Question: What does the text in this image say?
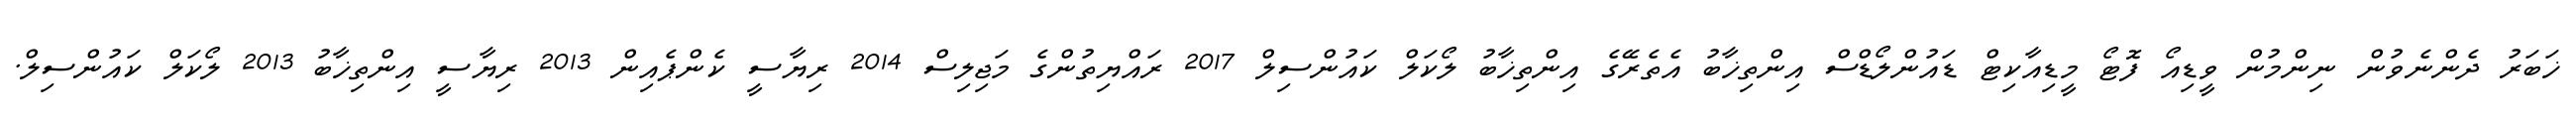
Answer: ޚަބަރު ދެންނެވުން ނިންމުން ވީޑިއޯ ފޮޓޯ މީޑިއާކިޓް ޑައުންލޯޑްސް އިންތިޚާބު އެތެރޭގެ އިންތިޚާބު ލޯކަލް ކައުންސިލް 2017 ރައްޔިތުންގެ މަޖިލިސް 2014 ރިޔާސީ ކެންޕެއިން 2013 ރިޔާސީ އިންތިޚާބު 2013 ލޯކަލް ކައުންސިލް.